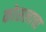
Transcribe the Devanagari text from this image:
कोसलाचा